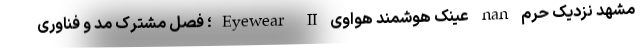
مشهد نزدیک حرم nan عینک هوشمند هواوی Eyewear II؛ فصل مشترک مد و فناوری